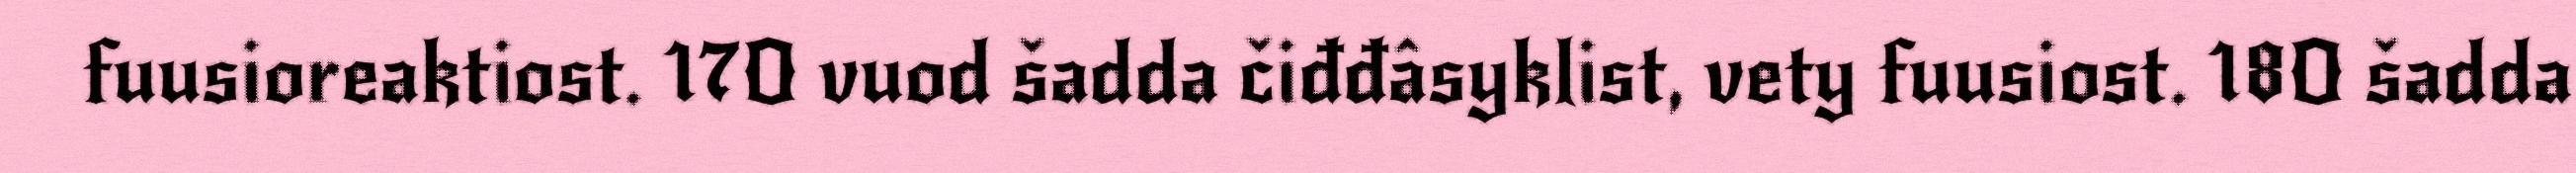
fuusioreaktiost. 17O vuod šadda čiđđâsyklist, vety fuusiost. 18O šadda